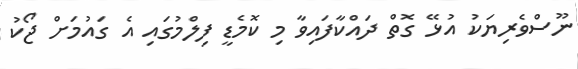
ނޫސްވެރިޔަކު އުޅޭ ގޮތް ދައްކާފައިވާ މި ކޮމެޑީ ފިލްމުގައި އެ ގައުމަށް ޖޯކު